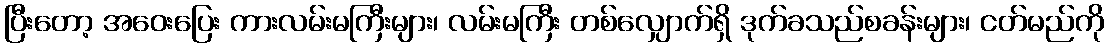
ပြီးတော့ အဝေးပြေး ကားလမ်းမကြီးများ၊ လမ်းမကြီး တစ်လျှောက်ရှိ ဒုက်ခသည်စခန်းများ၊ ငတ်မည်ကို